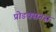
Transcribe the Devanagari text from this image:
प्रोडक्सनस